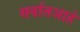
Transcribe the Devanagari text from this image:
सर्वातआहे